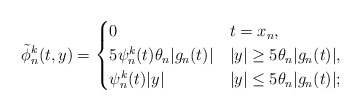
\begin{align*}\tilde{\phi}_n^k (t,y) = \begin{cases}0 & t= x_n, \\5 \psi_n^k (t)\theta_n |g_n(t)| & |y| \geq 5 \theta_n |g_n(t)|, \\\psi_n^k(t) |y| & |y| \leq 5\theta_n |g_n(t)|;\end{cases}\end{align*}